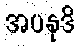
အပနုဒိ